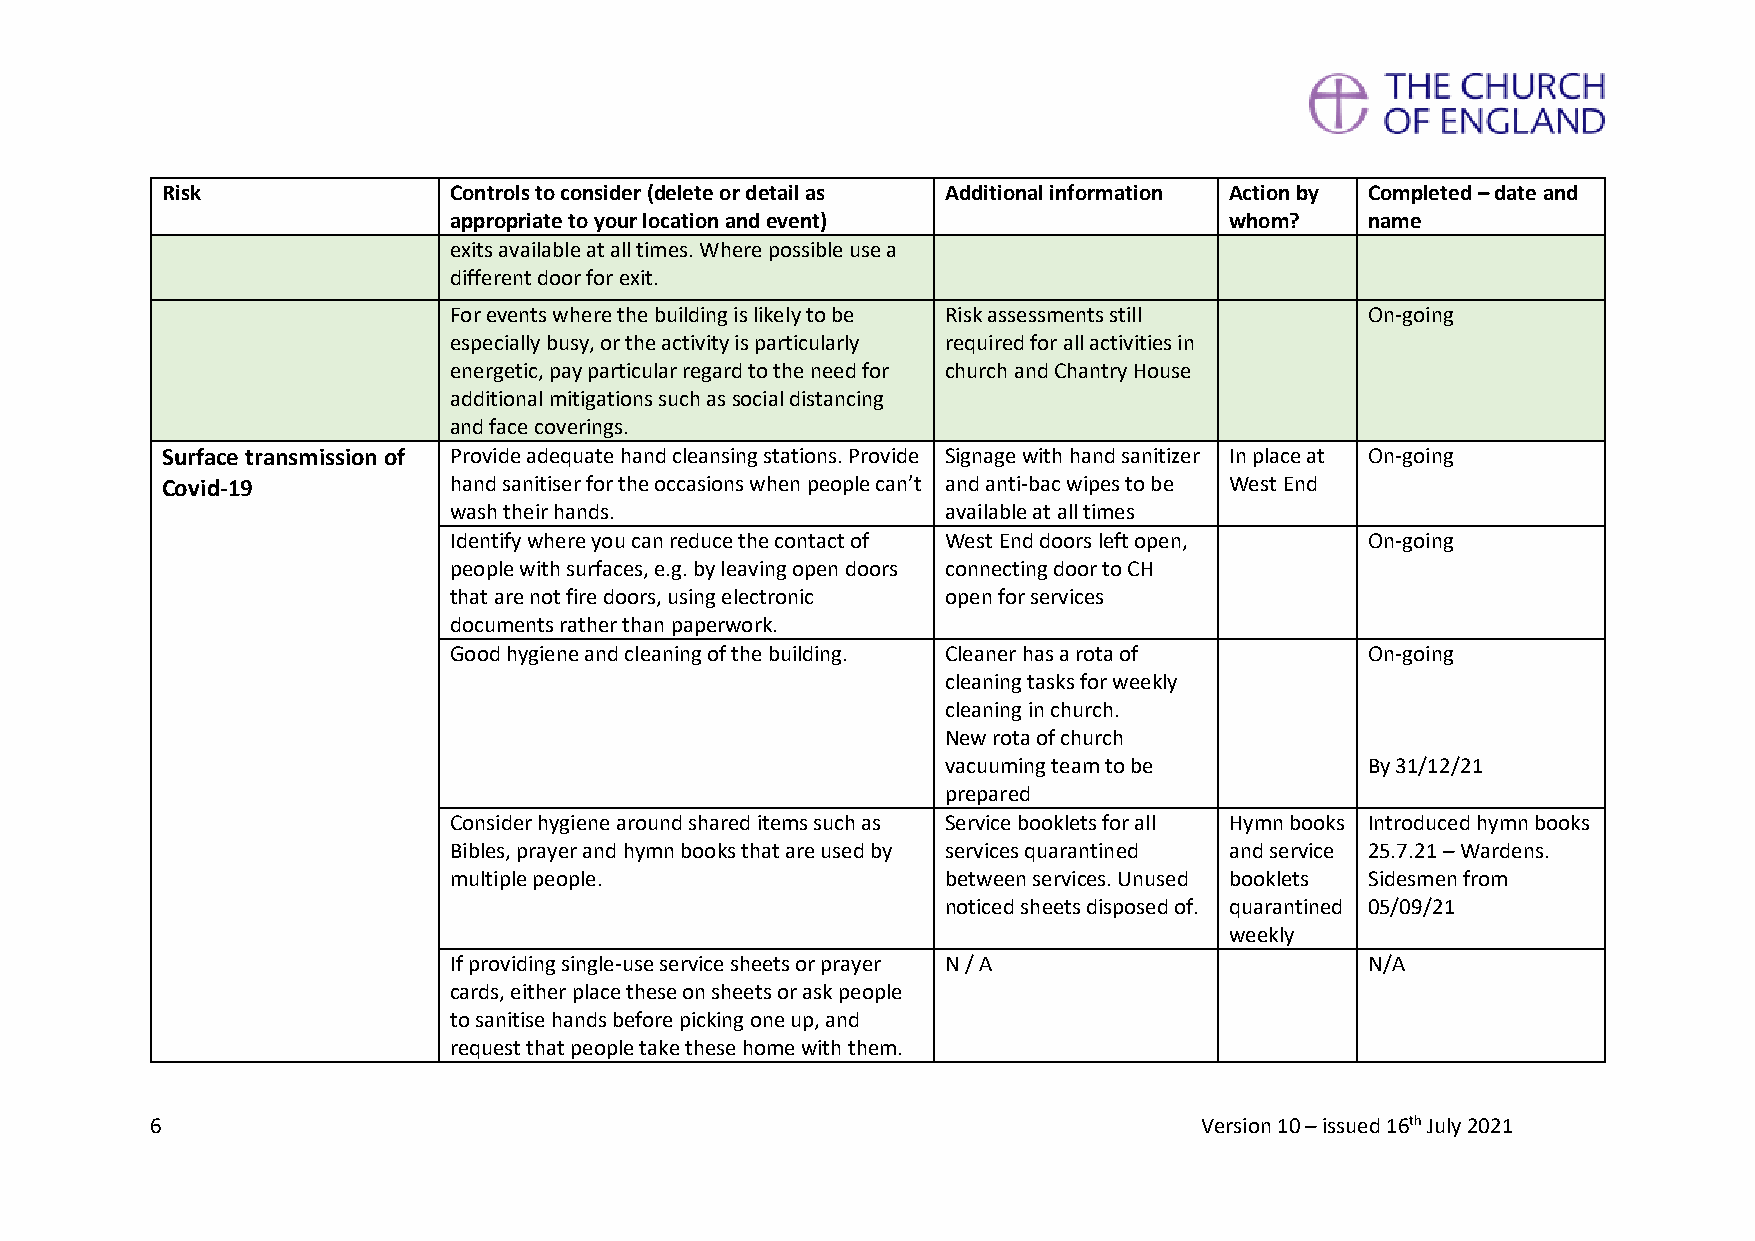
Risk               Controls to consider (delete or detail as Additional information Action by Completed – date and
 appropriate to your location and event)            whom?     name
 exits available at all times. Where possible use a
 different door for exit.
 For events where the building is likely to be Risk assessments still On-going
 especially busy, or the activity is particularly required for all activities in
 energetic, pay particular regard to the need for church and Chantry House
 additional mitigations such as social distancing
 and face coverings.
 Surface transmission of Provide adequate hand cleansing stations. Provide Signage with hand sanitizer In place at On-going
 Covid-19           hand sanitiser for the occasions when people can’t and anti-bac wipes to be West End
 wash their hands.                available at all times
 Identify where you can reduce the contact of West End doors left open, On-going
 people with surfaces, e.g. by leaving open doors connecting door to CH
 that are not fire doors, using electronic open for services
 documents rather than paperwork.
 Good hygiene and cleaning of the building. Cleaner has a rota of On-going
 cleaning tasks for weekly
 cleaning in church.
 New rota of church
 vacuuming team to be        By 31/12/21
 prepared
 Consider hygiene around shared items such as Service booklets for all Hymn books Introduced hymn books
 Bibles, prayer and hymn books that are used by services quarantined and service 25.7.21 – Wardens.
 multiple people.                 between services. Unused booklets Sidesmen from
 noticed sheets disposed of. quarantined 05/09/21
 weekly
 If providing single-use service sheets or prayer N / A       N/A
 cards, either place these on sheets or ask people
 to sanitise hands before picking one up, and
 request that people take these home with them.
 6                                                                    Version 10 – issued 16th July 2021